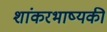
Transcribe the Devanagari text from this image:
शांकरभाष्यकी